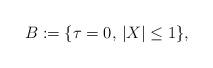
LaTeX: \begin{align*} B:=\{\tau=0,\,|X|\leq 1\},\end{align*}